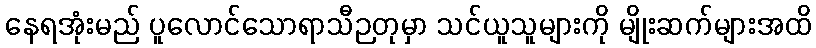
နေရအုံးမည် ပူလောင်သောရာသီဉတုမှာ သင်ယူသူများကို မျိုးဆက်များအထိ